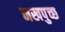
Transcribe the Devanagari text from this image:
नखपुच्छ